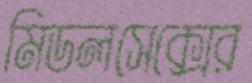
মিডলসেক্সের